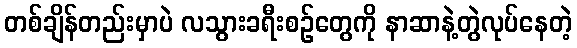
တစ်ချိန်တည်းမှာပဲ လသွားခရီးစဉ်တွေကို နာဆာနဲ့တွဲလုပ်နေတဲ့